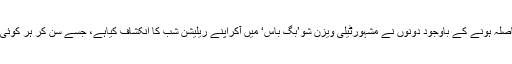
عمرمیں اتنا فاصلہ ہونے کے باوجود دونوں نے مشہورٹیلی ویزن شو’بگ باس‘ میں آکراپنے ریلیشن شب کا انکشاف کیاہے، جسے سن کر ہر کوئی حیران رہ گیا۔